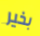
بخير